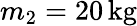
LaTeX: m_{2}=20\, \mathrm{kg}